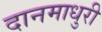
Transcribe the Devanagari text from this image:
दानमाधुरी